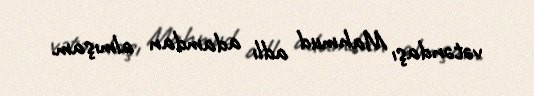
vətəndaşı Mahmud adlı adamdan almışam.